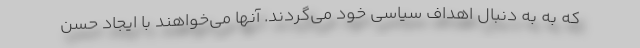
که به به دنبال اهداف سیاسی خود می‌گردند. آنها می‌خواهند با ایجاد حسن